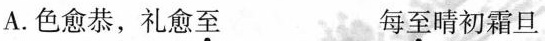
A.色愈恭，礼愈\underset{·}{至} 每至\underset{·}{晴}初霜旦B.同舍生皆被绮绣 唯见布被覆尸